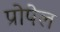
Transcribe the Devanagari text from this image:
प्रोपेल